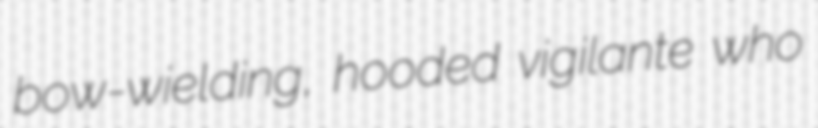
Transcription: bow-wielding, hooded vigilante who